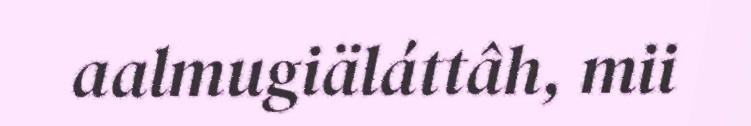
aalmugiäláttâh, mii